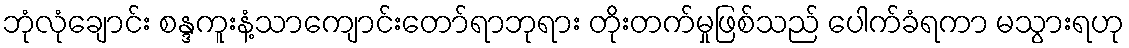
ဘုံလုံချောင်း စန္ဒကူးနံ့သာကျောင်းတော်ရာဘုရား တိုးတက်မှုဖြစ်သည် ပေါက်ခံရကာ မသွားရဟု